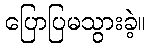
ပြောပြမသွားခဲ့။